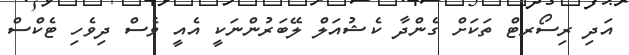
އަދި ރިސޯރޓް ތަކަށް ގެންދާ ކެޝުއަލް ލޭބަރުންނަކީ އެއީ ވެސް ދިވެހި ޓެކްސް